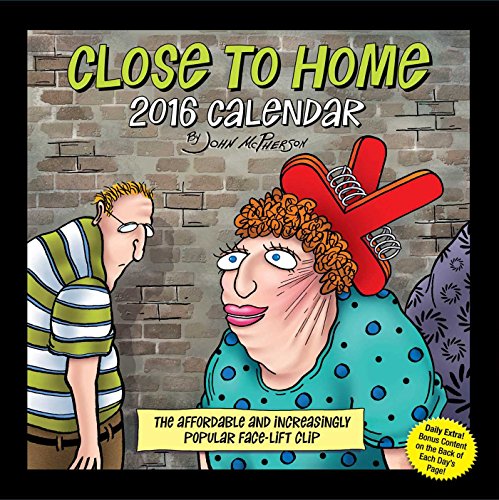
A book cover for Close to Home 2016 Day-to-Day Calendar; John McPherson; Calendars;